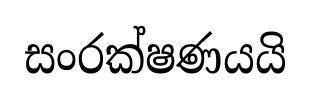
සංරක්ෂණයයි